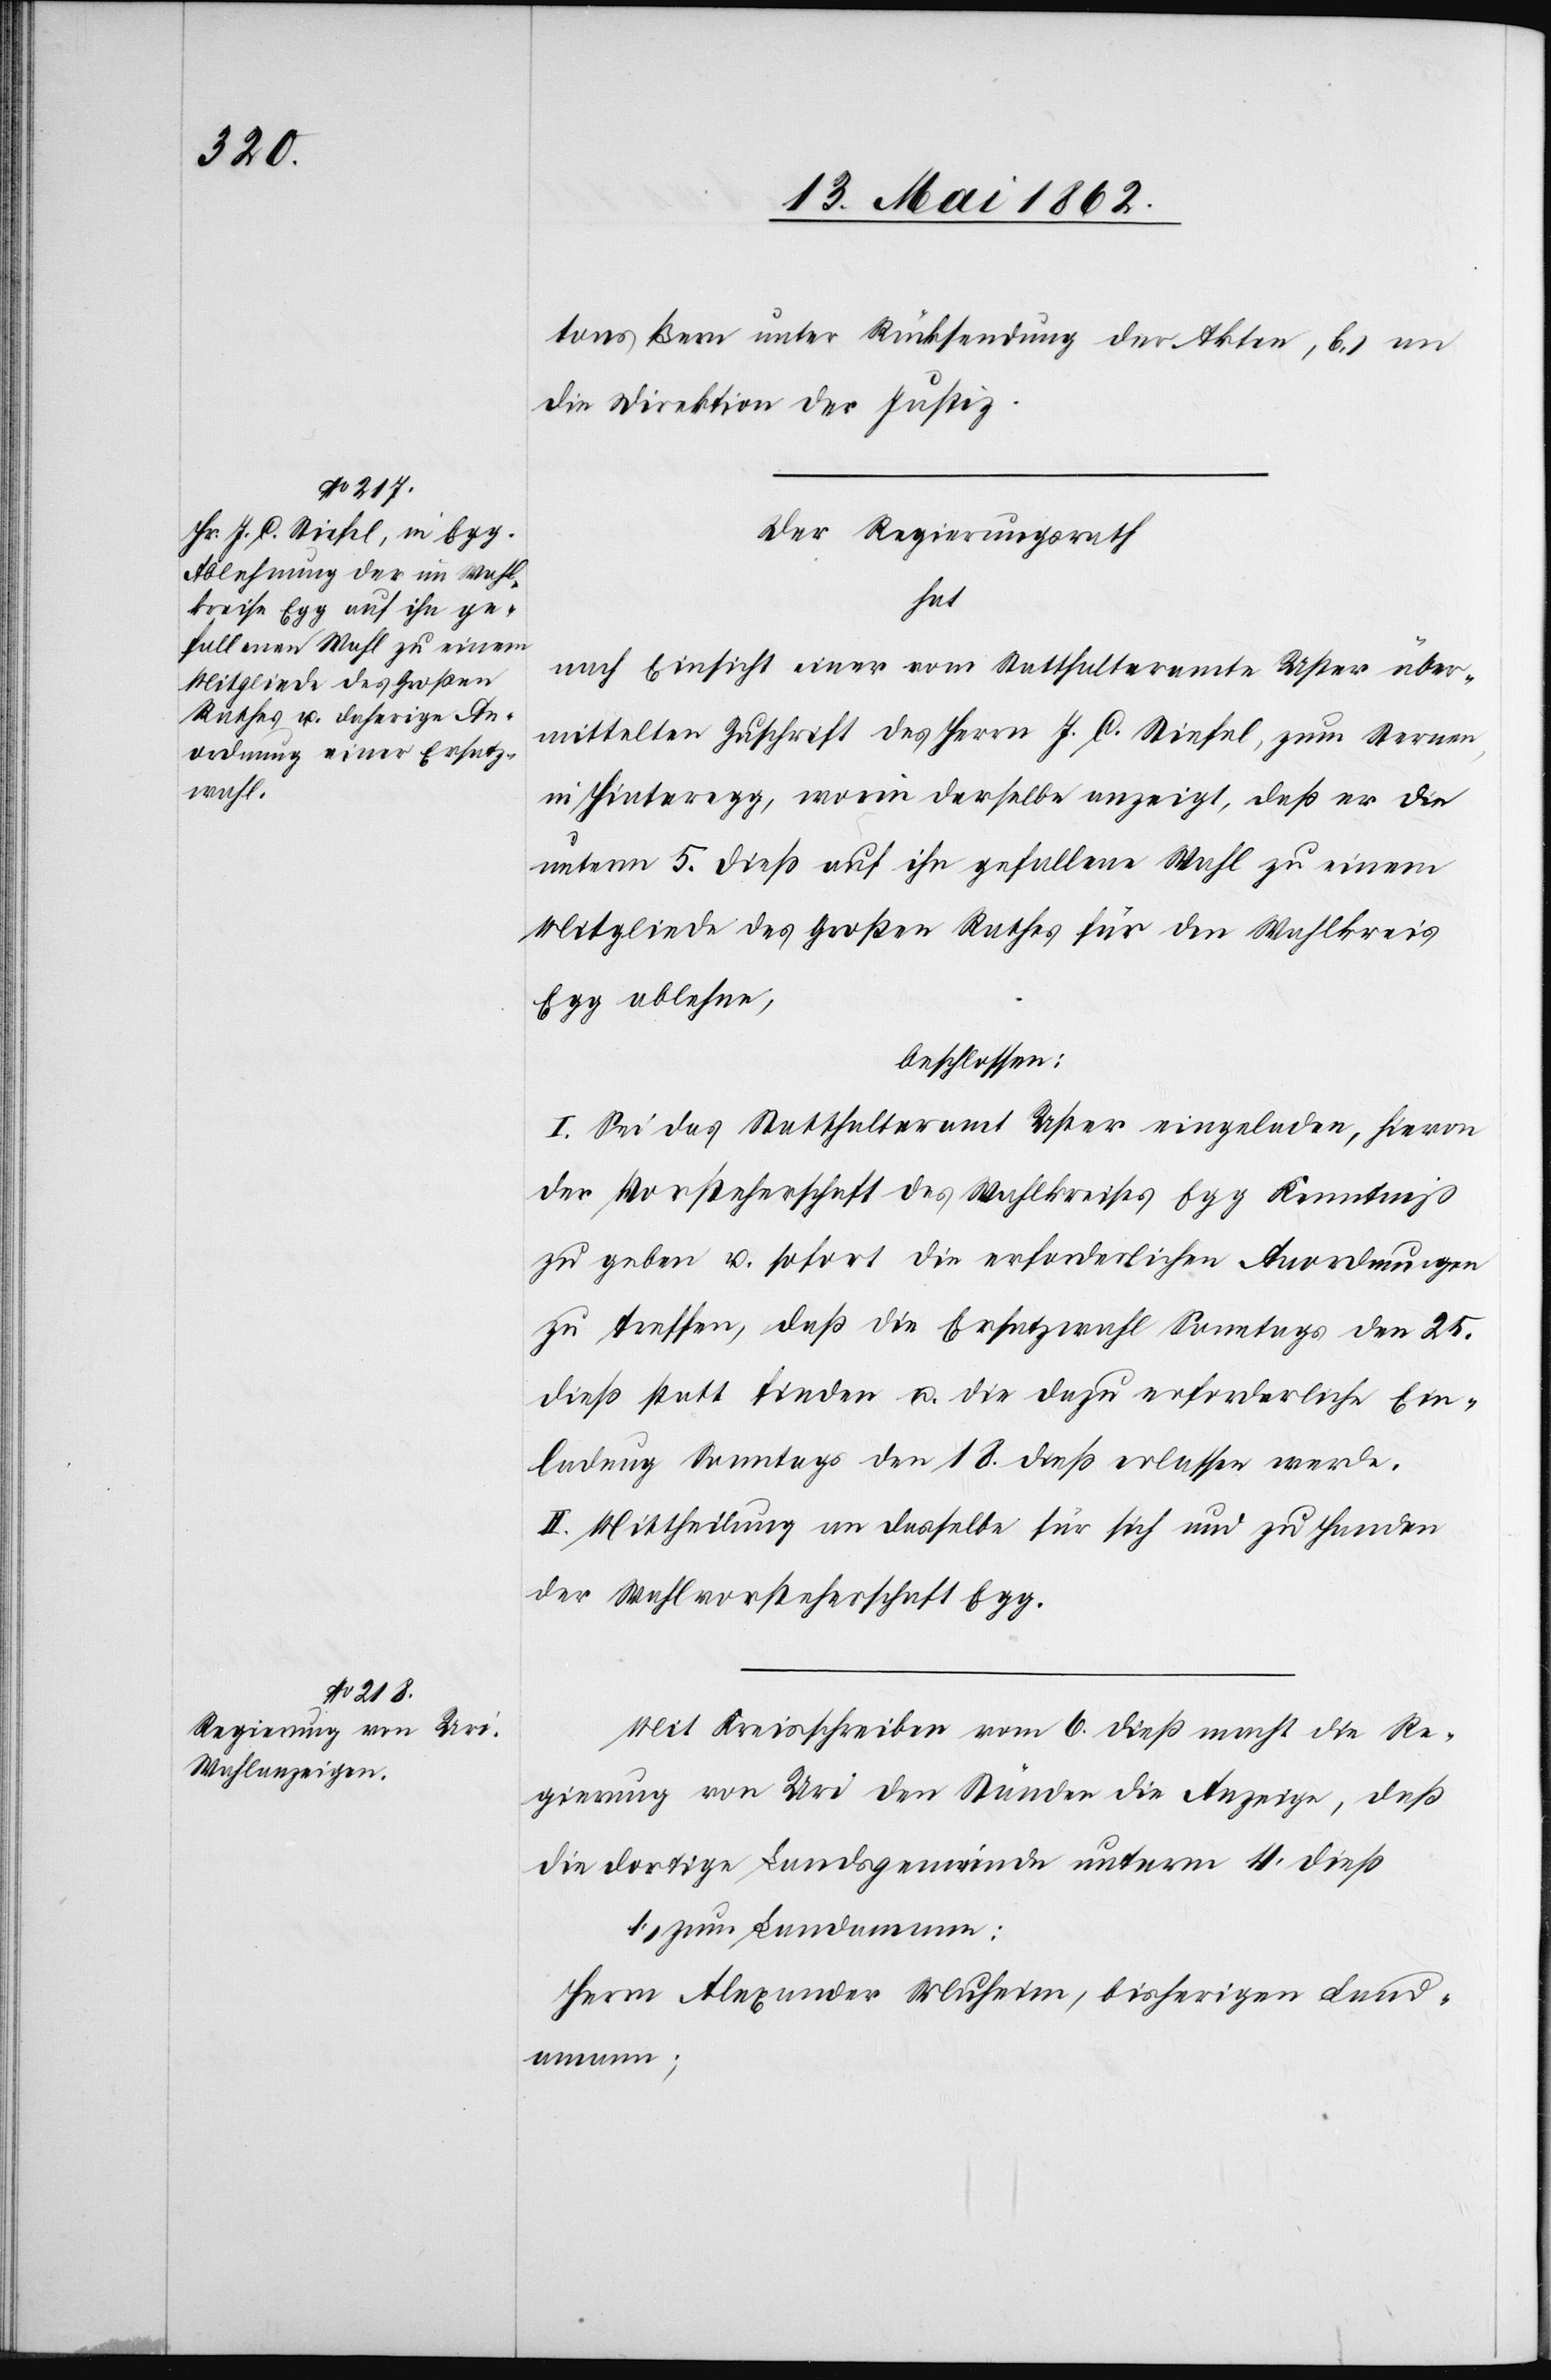
tons Bern unter Rücksendung der Akten, b) an
die Direktion der Justiz.
Der Regierungsrath
hat
nach Einsicht einer vom Statthalteramte Uster über¬
mittelten Zuschrift des Herrn J. C. Stiefel, zum Sternen,
in Hinteregg, worin derselbe anzeigt, daß er die
unterm 5. dieß auf ihn gefallene Wahl zu einem
Mitgliede des Großen Rathes für den Wahlkreis
Egg ablehne,
beschlossen:
I. Sei das Statthalteramt Uster eingeladen, hievon
der Vorsteherschaft des Wahlkreises Egg Kenntniß
zu geben u. sofort die erforderlichen Anordnungen
zu treffen, daß die Ersatzwahl Sonntag den 25.
dieß statt finden u. die dazu erforderliche Ein¬
ladung Sonntags den 18. dieß erlassen werde.
II. Mittheilung an dasselbe für sich und zu Handen
der Wahlvorsteherschaft Egg.
Mit Kreisschreiben vom 6. dieß macht die Re¬
gierung von Uri den Ständen die Anzeige, daß
die dortige Landsgemeinde unterm 4. dieß
1. zum Landamann:
Herrn Alexander Muheim, bisherigen Land¬
amann;